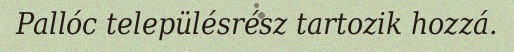
Pallóc településrész tartozik hozzá.